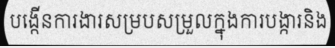
បង្កើនការងារសម្របសម្រួលក្នុងការបង្ការនិង